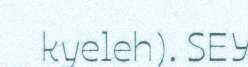
kyeleh). SEY